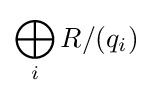
\bigoplus _{i}R/(q_{i})\;